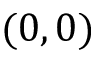
( 0 , 0 )